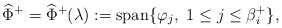
\begin{align*} \widehat{\Phi}^+=\widehat{\Phi}^+(\lambda):={\rm span}\{\varphi_j,~1\leq j\leq \beta_i^+\},\end{align*}